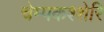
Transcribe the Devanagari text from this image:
चेम्पकश्शेरि